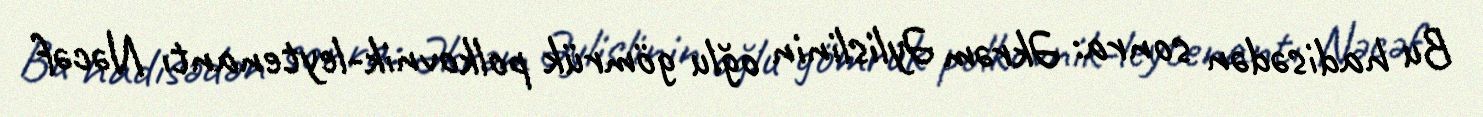
Bu hadisədən sonra: Əkrəm Əylislinin oğlu gömrük polkovnik-leytenantı Nəcəf